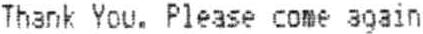
THANK YOU. PLEASE COME AGAIN